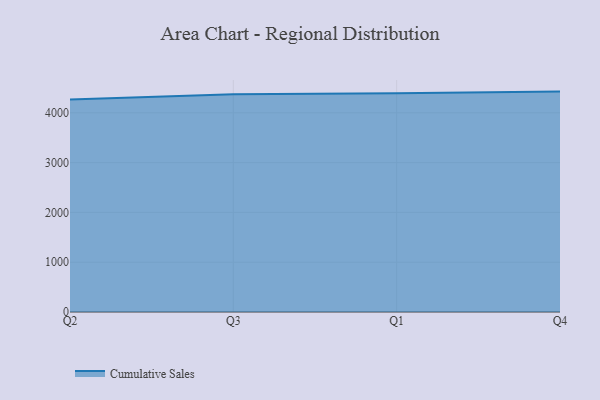
{"axis": {"x": "Quarter", "y": "Website Visitors"}, "legend": ["Cumulative Sales"], "data": [{"x": "Q2", "y": 4265.2, "type": "Cumulative Sales"}, {"x": "Q3", "y": 4370.8, "type": "Cumulative Sales"}, {"x": "Q1", "y": 4390.7, "type": "Cumulative Sales"}, {"x": "Q4", "y": 4425.6, "type": "Cumulative Sales"}]}